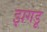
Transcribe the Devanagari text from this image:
झगडू